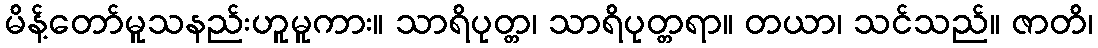
မိန့်တော်မူသနည်းဟူမူကား။ သာရိပုတ္တ၊ သာရိပုတ္တရာ။ တယာ၊ သင်သည်။ ဇာတိ၊